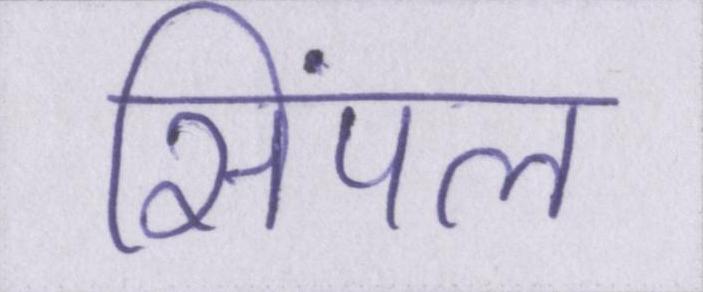
सिंपल